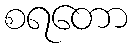
စရတော